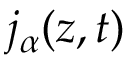
j _ { \alpha } ( z , t )